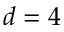
d = 4